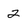
Character: 2